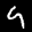
Label: 9